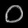
Digit: ၀